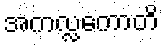
အကလ္လကောတိ